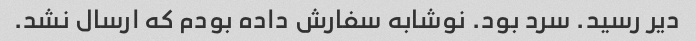
دیر رسید. سرد بود. نوشابه سفارش داده بودم که ارسال نشد.